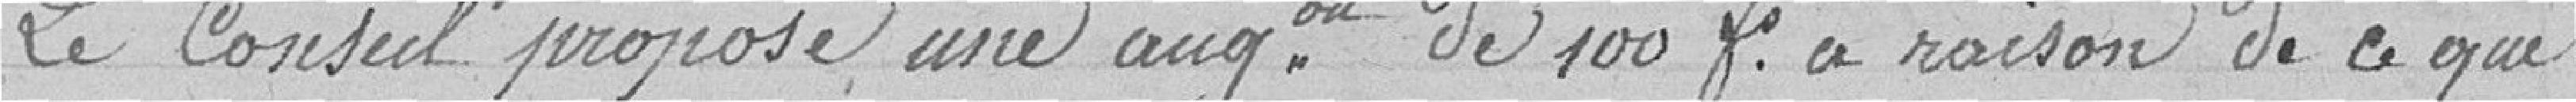
Le Conseil propose une augmentation de 100 francs à raison de ce que